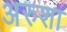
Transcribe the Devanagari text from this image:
अरुशा